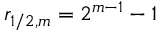
r _ { 1 / 2 , m } = 2 ^ { m - 1 } - 1